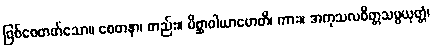
ဖြစ်စေတတ်သော။ စေတနာ၊ တည်း။ မိစ္ဆာဝါယာမောတိ၊ ကား။ အကုသလစိတ္တသမ္ပယုတ္တံ၊